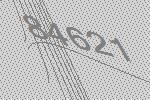
84621